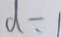
d = 1